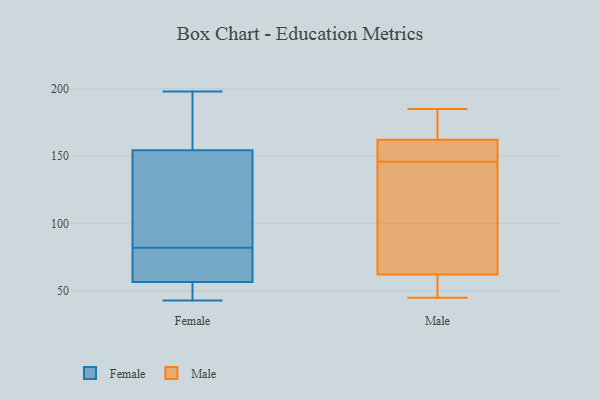
{"axis": {"x": "Waste Production (Tons)", "y": "Value"}, "legend": ["Female", "Male"], "data": [{"x": "", "y": 63, "type": "Female"}, {"x": "", "y": 143, "type": "Female"}, {"x": "", "y": 84, "type": "Female"}, {"x": "", "y": 180, "type": "Female"}, {"x": "", "y": 146, "type": "Female"}, {"x": "", "y": 72, "type": "Female"}, {"x": "", "y": 185, "type": "Female"}, {"x": "", "y": 43, "type": "Female"}, {"x": "", "y": 58, "type": "Female"}, {"x": "", "y": 198, "type": "Female"}, {"x": "", "y": 53, "type": "Female"}, {"x": "", "y": 82, "type": "Female"}, {"x": "", "y": 46, "type": "Female"}, {"x": "", "y": 51, "type": "Male"}, {"x": "", "y": 163, "type": "Male"}, {"x": "", "y": 45, "type": "Male"}, {"x": "", "y": 62, "type": "Male"}, {"x": "", "y": 63, "type": "Male"}, {"x": "", "y": 146, "type": "Male"}, {"x": "", "y": 160, "type": "Male"}, {"x": "", "y": 185, "type": "Male"}, {"x": "", "y": 151, "type": "Male"}, {"x": "", "y": 90, "type": "Male"}, {"x": "", "y": 184, "type": "Male"}]}